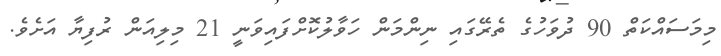
މިމަސައްކަތް 90 ދުވަހުގެ ތެރޭގައި ނިންމަން ހަވާލުކޮށްފައިވަނީ 21 މިލިއަން ރުފިޔާ އަށެވެ.